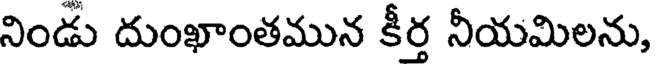
నిండు దుంఖాంతమున కీర్త నీయమిలను,